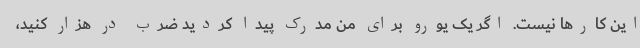
این کارها نیست. اگر یک یورو برای من مدرک پیدا کردید ضرب در هزار کنید،